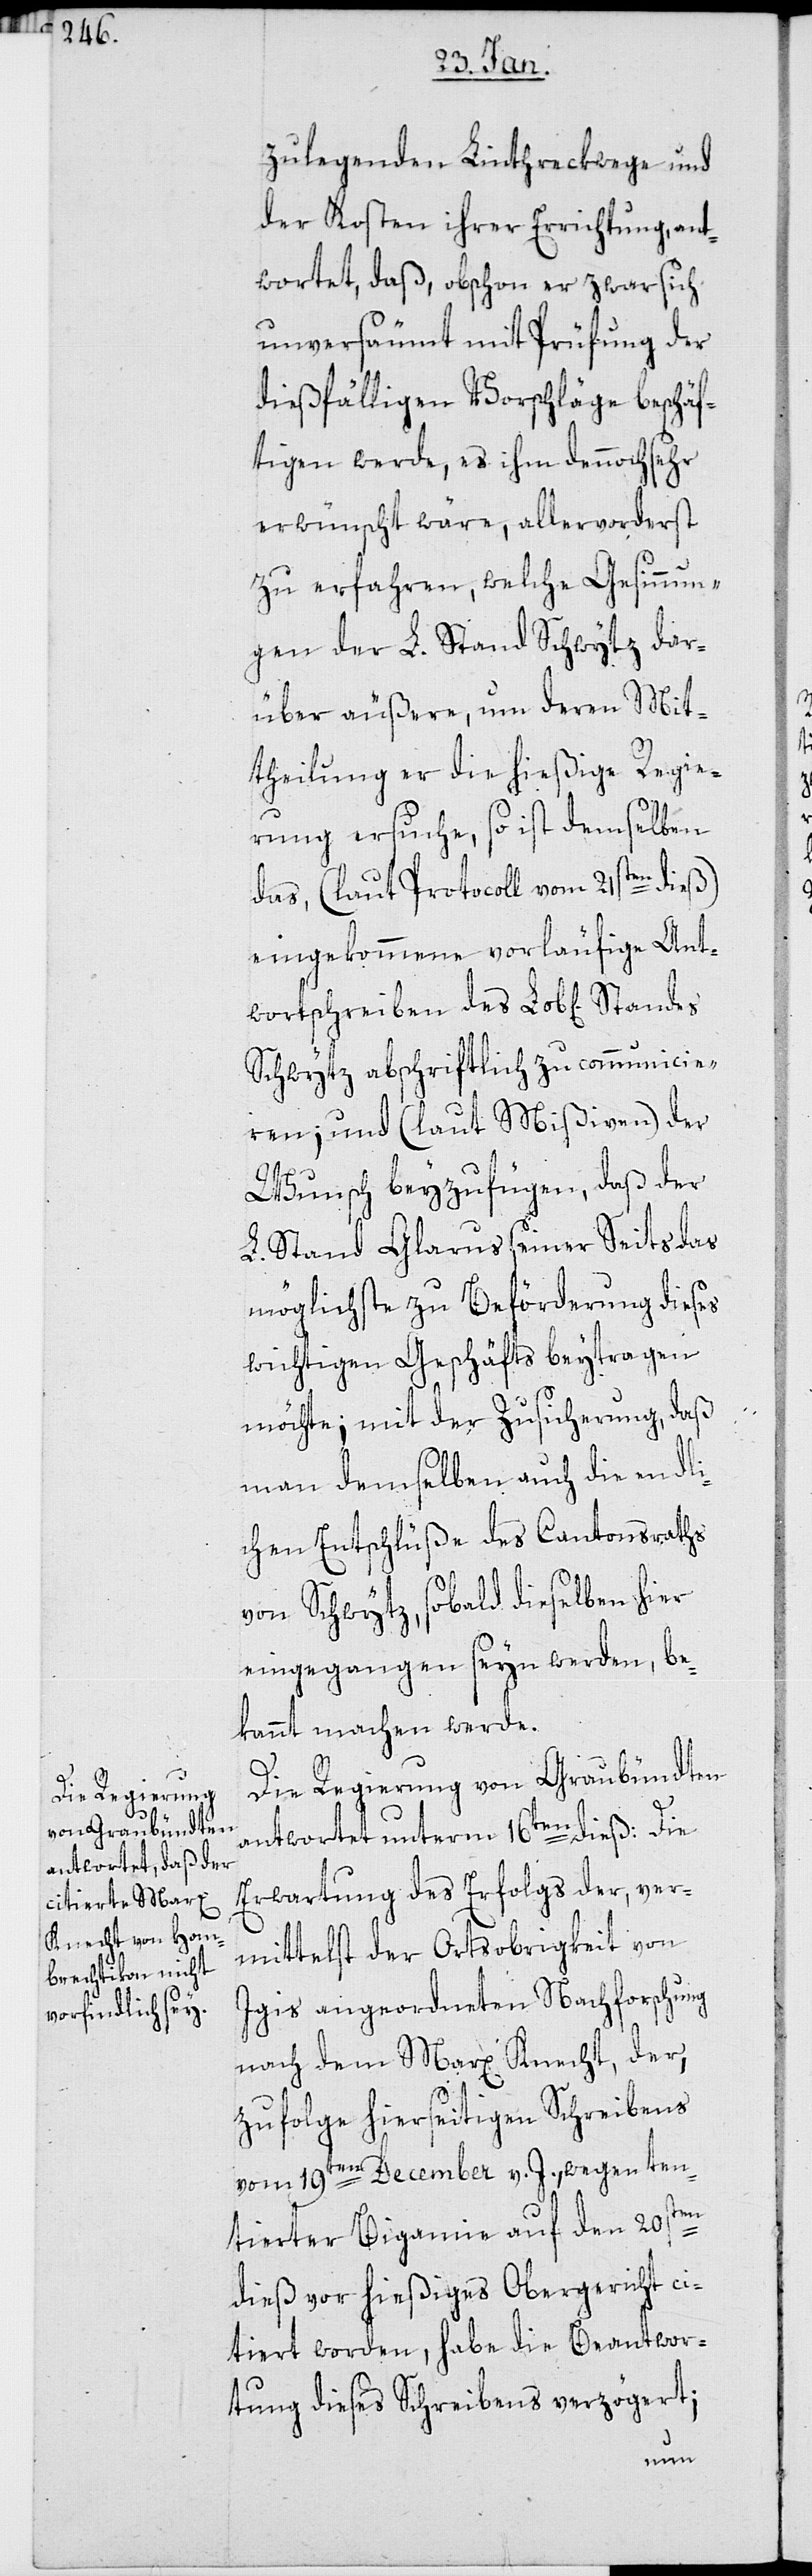
zulegenden Linthreckwege und
der Kosten ihrer Errichtung, ant¬
wortet, daß, obschon er zwar sich
unversäumt mit Prüfung der
dießfälligen Vorschläge beschäf¬
tigen werde, es ihm dennoch sehr
erwünscht wäre, allervorderst
zu erfahren, welche Gesinnun¬
gen der L. Stand Schwytz dar¬
über äußere, um deren Mit¬
theilung er die hießige Regie¬
rung ersuche, so ist demselben
das (laut Protocoll vom 21sten dieß)
eingekommene vorläufige Ant¬
wortschreiben des Lob[lichen]
Schwytz abschriftlich zu communicie¬
ren; und (laut Mißiven) der
Wunsch beyzufügen, daß der
L. Stand Glarus seiner Seits das
möglichste zu Beförderung dieses
wichtigen Geschäfts beytragen
möchte; mit der Zusicherung, daß
man demselben auch die endli¬
chen Entschlüße des Cantonsraths
von Schwytz, sobald dieselben hier
eingegangen seyn werden, be¬
kannt machen werde.
Die Regierung von Graubündten
antwortet unterm 16ten dieß: Die
Erwartung des Erfolgs der, ver¬
mittelst der Ortsobrigkeit von
Igis angeordneten Nachforschung
nach dem Marx Knecht, der
zufolge hierseitigen Schreibens
vom 19ten December v. J., wegen ten¬
tierter Bigamie auf den 20sten
dieß vor hießiges Obergericht ci¬
tiert worden, habe die Beantwor¬
tung dieses Schreibens verzögert;